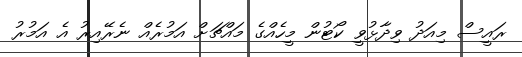
ރައީސް މިއަދު ވިދާޅުވީ ކޯޓުން މީހެއްގެ މައްޗަށް އަމުރެއް ނެރޭއިރު އެ އަމުރު